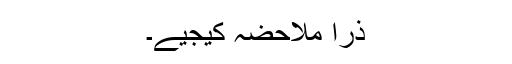
ذرا ملاحضہ کیجیے۔